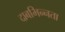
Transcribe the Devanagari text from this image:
दाबभिन्नता